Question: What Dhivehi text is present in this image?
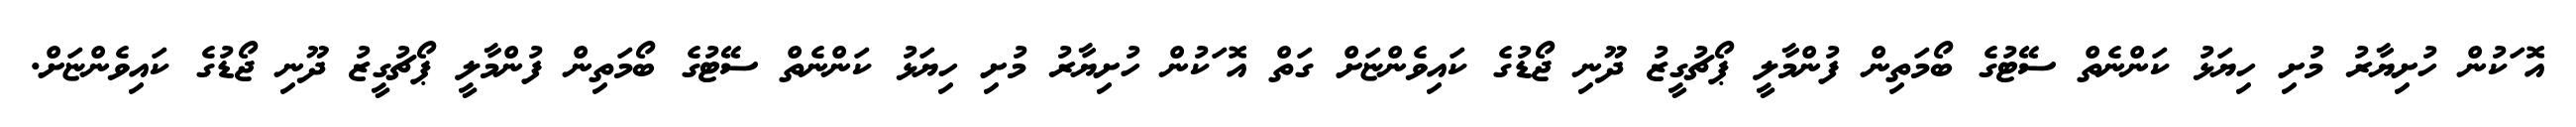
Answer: އޮޱަކުން ހުށިޔާރު މުށި ހިޔަޅު ކަންނެތް ސޭޓުގެ ބޯމަތިން ފުންމާލީ ޕޯޗުގީޒު ދޫނި ޖޯޑުގެ ކައިވެންޏަށް ގަތް އޮޱަކުން ހުށިޔާރު މުށި ހިޔަޅު ކަންނެތް ސޭޓުގެ ބޯމަތިން ފުންމާލީ ޕޯޗުގީޒު ދޫނި ޖޯޑުގެ ކައިވެންޏަށް.